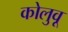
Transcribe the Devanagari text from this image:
कोलुवू